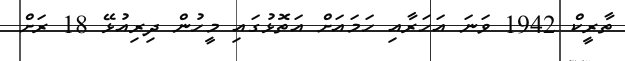
ތާރީކް 1942 ވަނަ އަހަރާއި ހަމައަށް އަތޮޅުގައި މީހުން ދިރިއުޅޭ 18 ރަށް